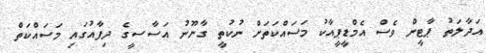
އަދާލަތު ޕާޓީން ވެސް އެމްޑީޕީއާކު މަސައްކަތަށް ނުކުތީ ގާނޫނު އަސާސީގެ ދިފާއުގައި މަސައްކަތް